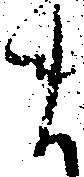
ま